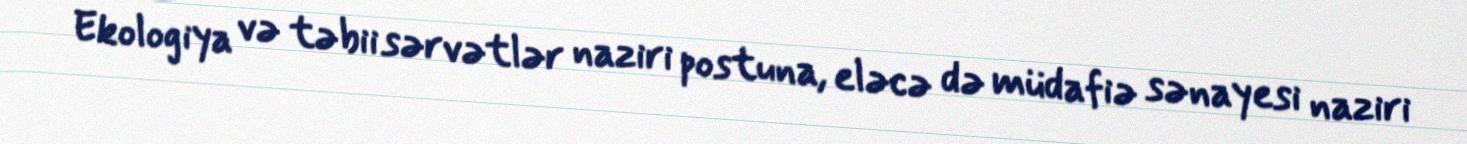
Ekologiya və təbii sərvətlər naziri postuna, eləcə də müdafiə sənayesi naziri